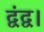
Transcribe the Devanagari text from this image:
द्वंद्व।